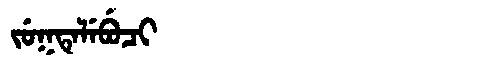
Manchu: ᠵᡠᡴᡨᡝᠯᡝᠪᡠᠴᡳ
Romanization: JUKTELEBUCI